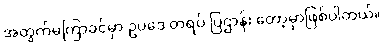
အတွက်မကြာခင်မှာ ဥပဒေ တရပ် ပြဌာန်း တော့မှာဖြစ်ပါတယ်။